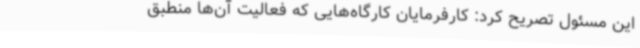
این مسئول تصریح کرد: کارفرمایان کارگاه‌هایی که فعالیت آن‌ها منطبق